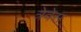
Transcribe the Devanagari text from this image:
त्रेवेस